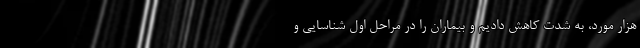
هزار مورد، به شدت کاهش دادیم و بیماران را در مراحل اول شناسایی و